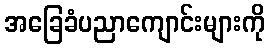
အခြေခံပညာကျောင်းများကို